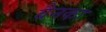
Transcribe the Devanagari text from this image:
बैनका